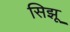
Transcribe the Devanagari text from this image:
सिझू